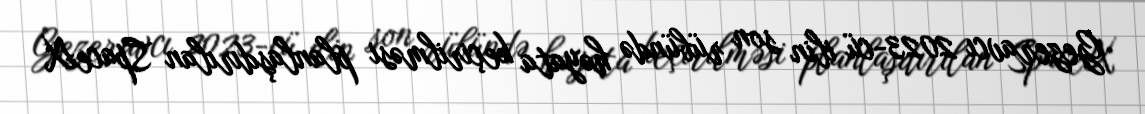
Gezeravcı 2023-cü ilin son rübündə həyata keçirilməsi planlaşdırılan SpaceX